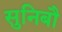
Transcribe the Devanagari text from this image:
सुनिबौ